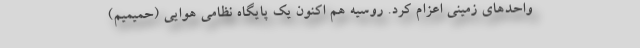
واحدهای زمینی اعزام کرد. روسیه هم اکنون یک پایگاه نظامی هوایی (حمیمیم)